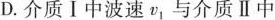
D.介质Ⅰ中波速v_1与介质Ⅱ中